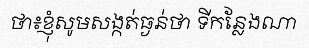
ថា៖ខ្ញុំសូមសង្កត់ធ្ងន់ថា ទីកន្លែងណា